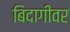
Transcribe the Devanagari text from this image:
बिदागीवर